Scottish Leaving Certificate Examination, 1951
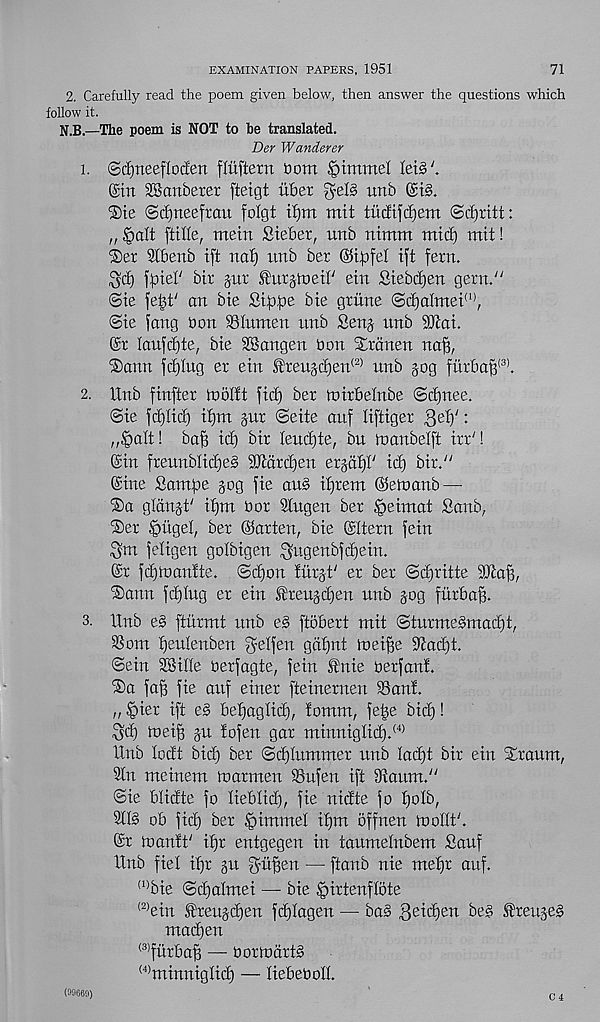
EXAMINATION PAPERS, 1951
71
2. Carefully read the poem given below, then answer the questions which
follow it.
N.B.—The poem is NOT to be translated.
Der Wanderer
1. @cf)rteefIoc£en fdtftetn Horn pummel Iei3
@tn SSanberer fteigt liber fyelg unb ©t§.
®ie ©cijneefrait folgt tf)m mit tiidtftfjem ©cfjritt:
„§alt (tille, mein Steber, unb ntmm mid) mit!
®er Slbenb ift naf) unb bet @t:pfel ift fern.
3d) \pxeV bir jnr ^urjtned' ein Stebdjen gern. /;
©ie fe^t' an Me £ip,pe bte griine ©djalmei 0 *,
©te fang bon SSIumen unb fienj unb 9Jlai.
@r tanfdjte, bte SBangen bon Frauen naf?,
®ann fd)Iug er ein ®reugd)en (2) unb gog furba^( 3) .
2. Unb finfter mollt fid) ber mitbelnbe ©d)nee.
©ie fd)Iid) iijm §ut ©eite auf liftiger
:
„|)alt! ba§ id) bir leudfte, bn inanbeift irrM
©in freunblicfp iOidrdjen erjaf)!' id) bir. /;
©ine Sampe gog fie au§ ifjrem ©etnanb —
®a glangt' if)m bor Stugen ber ,§eimat fianb,
©er |)itgel, ber @arten, Me ©Item fein
3ttt feligen golbigen 3ugenbfd)ein.
©r fd)n>an!te. ©d)on fitrgt' er ber ©d)ritte SUiaB,
®ann fd)Iug er ein £reugd)en unb gog ftirbaB.
3. Unb e§ ftiirmt unb e§ ftbbert mit ©turme§mad)t,
SSom tjeutenben ^etfen gaffnt loeifje %ad)t.
©ein SSille berfagte, fein ®nie ber fan!.
®a faf? fie auf einer fteinernen San!.
n |)ier ift e§ befjagtid), !omm, fe|e bid)!
3d) toei^ gu !ofen gar minnigtid). (4>
Unb lodt bid) ber ©dftummer unb lat^t bir ein Xraum,
2tn meinem tnarmen Sufen ift Maitm/'
©ie blidte fo liebtid), fie nidte fo t)otb,
3tl§ ob fid) ber |>immel ifjm offnen luotlt'.
©r loanlt' if)r entgegen in taumetnbem £anf
Unb ftel ifjr gu
— ftanb nie mefjr auf.
(1)
bie ©d)almei — bie
(2)
ein ®reugd)en fd)Ia
madjen
(3)
fiirba^ — boriodrt§
(4)
minniglid) — tiebe
(99669)
C 4